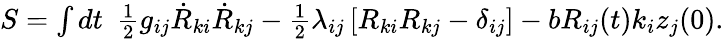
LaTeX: \begin{array}{r}{S=\int dt~~\frac 12g_{ij}\dot{R}_{ki}\dot{R}_{kj}-\frac 12\lambda_{ij}\left[R_{ki}R_{kj}-\delta_{ij}\right]-bR_{ij}(t)k_{i}z_{j}(0).}\end{array}